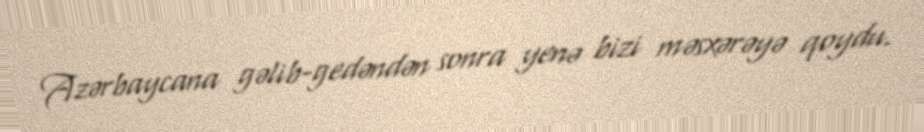
Azərbaycana gəlib-gedəndən sonra yenə bizi məsxərəyə qoydu.